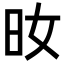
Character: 𣅓